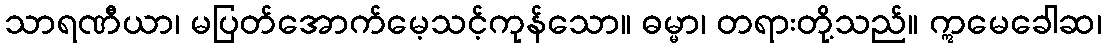
သာရဏီယာ၊ မပြတ်အောက်မေ့သင့်ကုန်သော။ ဓမ္မာ၊ တရားတို့သည်။ ဣမေခေါဆ၊